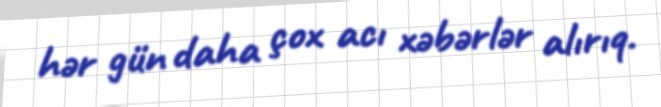
hər gün daha çox acı xəbərlər alırıq.